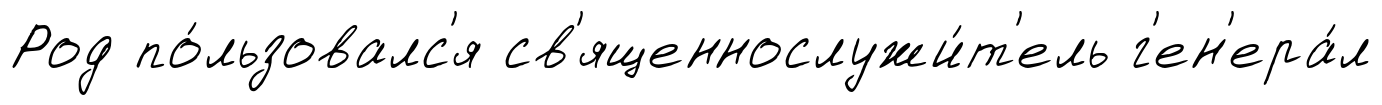
Род по́льзовалс'я св'ященнослужи́т'ель г'ен'ера́л